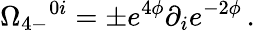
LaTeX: \Omega_{4-}{}^{0i}=\pm e^{4\phi}\partial_{i}e^{-2\phi}\, .